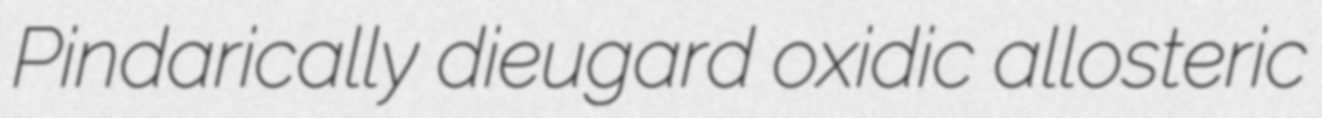
Pindarically dieugard oxidic allosteric